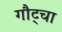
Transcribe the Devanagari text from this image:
गौट्चा